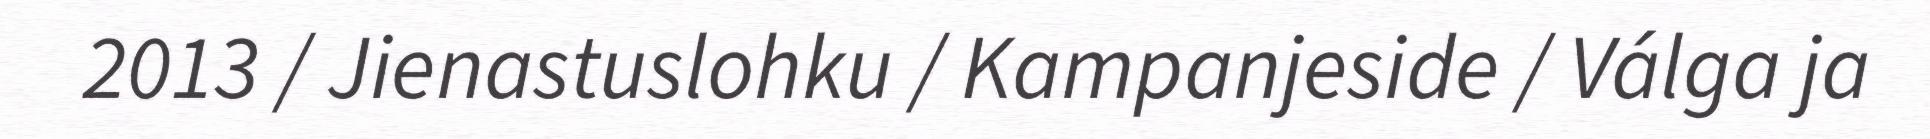
2013 / Jienastuslohku / Kampanjeside / Válga ja